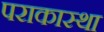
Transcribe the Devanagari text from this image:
पराकास्था